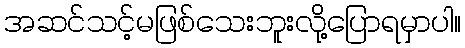
အဆင်သင့်မဖြစ်သေးဘူးလို့ပြောရမှာပါ။